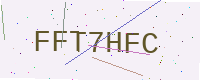
Text: FFT7HFC